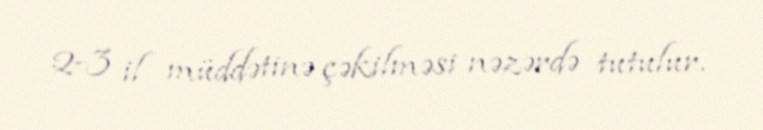
2-3 il müddətinə çəkilməsi nəzərdə tutulur.